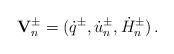
LaTeX: \begin{align*}{\mathbf V}^\pm_n=(\dot q^\pm,\dot u^\pm_n,\dot H^\pm_n)\,.\end{align*}